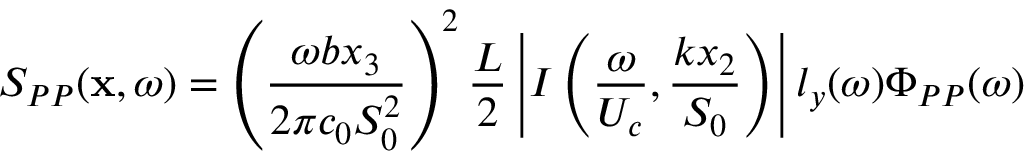
S _ { P P } ( \mathbf { x } , \omega ) = \left( \frac { \omega b x _ { 3 } } { 2 \pi c _ { 0 } S _ { 0 } ^ { 2 } } \right) ^ { 2 } \frac { L } { 2 } \left\vert I \left( \frac { \omega } { U _ { c } } , \frac { k x _ { 2 } } { S _ { 0 } } \right) \right\vert l _ { y } ( \omega ) \Phi _ { P P } ( \omega )